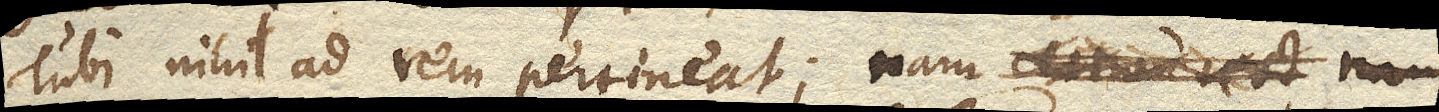
Tubi nihil ad rem pertineat; nam certum est